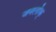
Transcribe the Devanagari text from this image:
जनलोक्